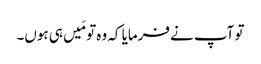
تو آپ نے فرمایا کہ وہ تو مَیں ہی ہوں۔